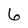
Character: 6